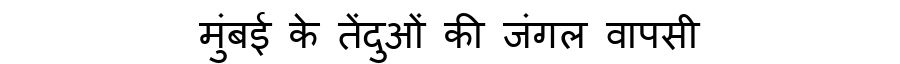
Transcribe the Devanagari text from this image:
मुंबई के तेंदुओं की जंगल वापसी